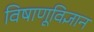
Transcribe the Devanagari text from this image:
विषाणूविज्ञान